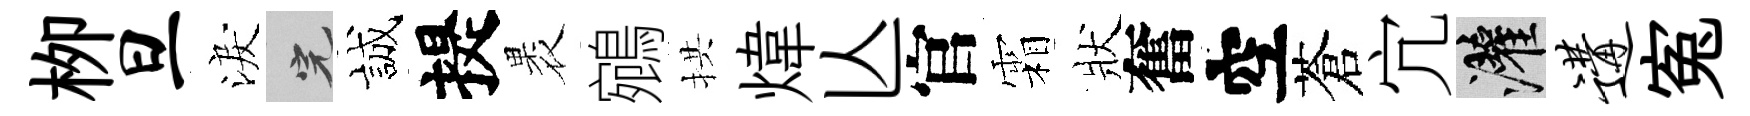
栁旦淚完誠提褁鵷拱煒亾官霜狀奮空蒼宂灌遘寃